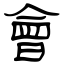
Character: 會